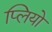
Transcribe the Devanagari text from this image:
प्लियो